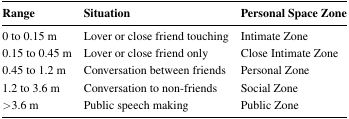
<table><thead><tr><td><b>Range</b></td><td><b>Situation</b></td><td><b>Personal Space Zone</b></td></tr></thead><tbody><tr><td>0 to 0.15 m</td><td>Lover or close friend touching</td><td>Intimate Zone</td></tr><tr><td>0.15 to 0.45 m</td><td>Lover or close friend only</td><td>Close Intimate Zone</td></tr><tr><td>0.45 to 1.2 m</td><td>Conversation between friends</td><td>Personal Zone</td></tr><tr><td>1.2 to 3.6 m</td><td>Conversation to non-friends</td><td>Social Zone</td></tr><tr><td><i>&gt;</i>3.6 m</td><td>Public speech making</td><td>Public Zone</td></tr></tbody></table>